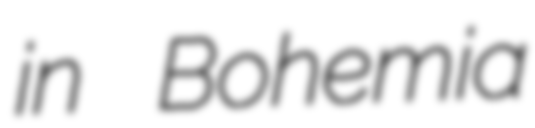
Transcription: in Bohemia